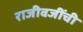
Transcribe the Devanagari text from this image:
राजीवजींची